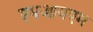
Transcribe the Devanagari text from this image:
एमआयएम